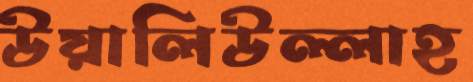
উয়ালিউল্লাহ